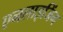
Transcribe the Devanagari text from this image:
एनलाइजिंग